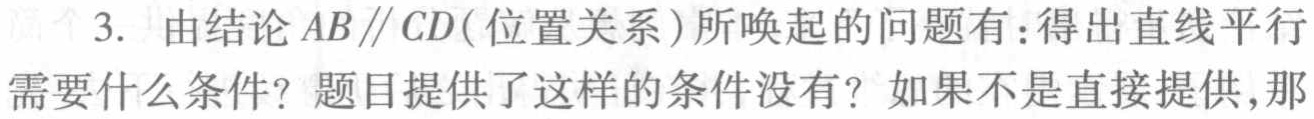
3. 由结论\(AB\parallel CD\)(位置关系)所唤起的问题有：得出直线平行需要什么条件？题目提供了这样的条件没有？如果不是直接提供,那